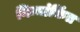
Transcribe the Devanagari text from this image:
निम्नांकिंत